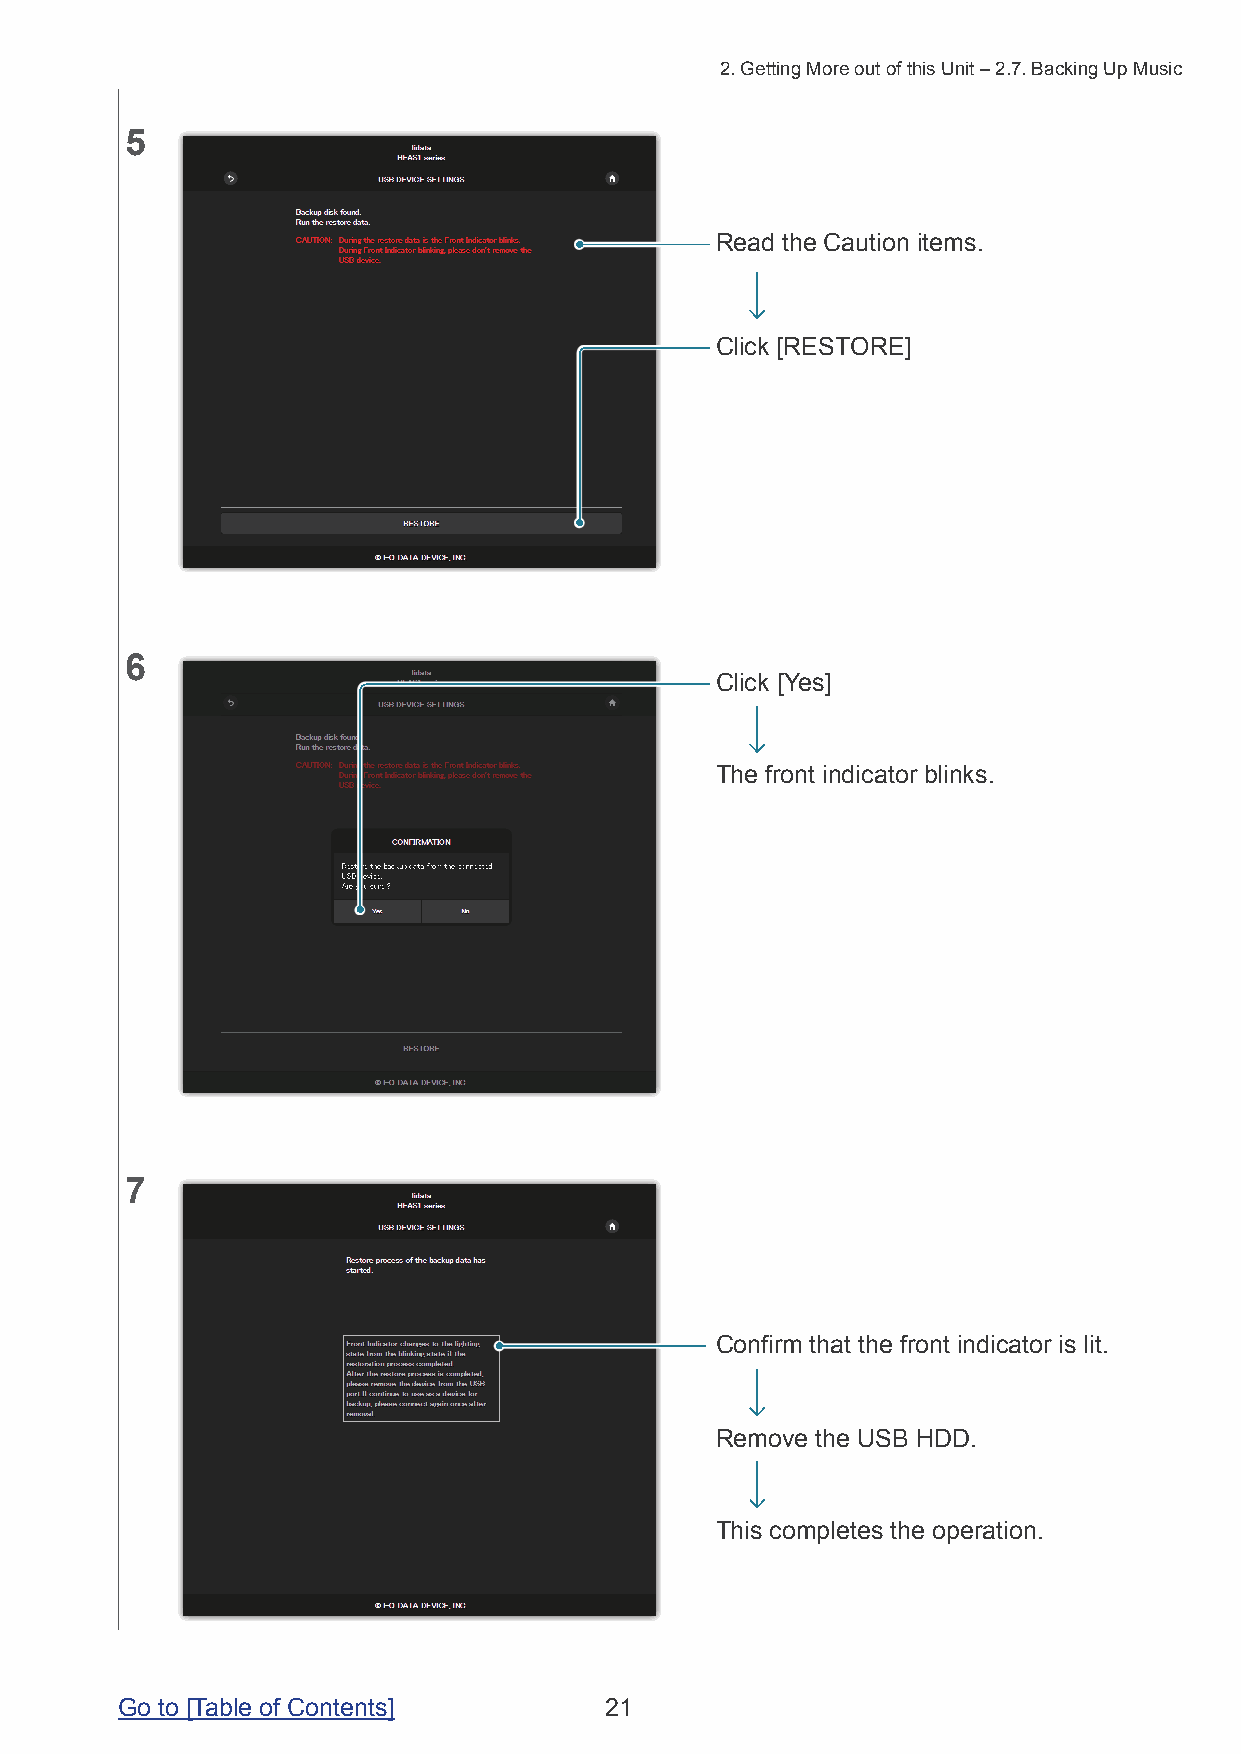
2. Getting More out of this Unit – 2.7. Backing Up Music
 5
 Read the Caution items.
 Click [RESTORE]
 6
 Click [Yes]
 The front indicator blinks.
 7
 Confirm that the front indicator is lit.
 Remove the USB HDD.
 This completes the operation.
 Go to [Table of Contents]       21